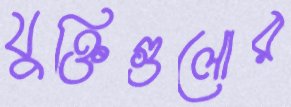
যুক্তিগুলোর